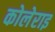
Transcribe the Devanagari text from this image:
कोलेराइ